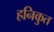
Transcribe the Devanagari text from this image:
हनिकुत